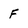
Character: F